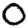
Digit: 0